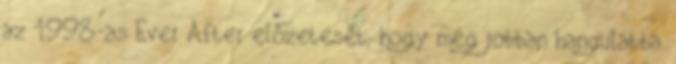
az 1998-as Ever After előzetesét, hogy még jobban hangulatba